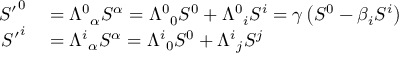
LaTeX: \begin{array} { r l } { { S ^ { \prime } } ^ { 0 } } & { { } = { \Lambda ^ { 0 } } _ { \alpha } S ^ { \alpha } = { \Lambda ^ { 0 } } _ { 0 } S ^ { 0 } + { \Lambda ^ { 0 } } _ { i } S ^ { i } = \gamma \left( S ^ { 0 } - \beta _ { i } S ^ { i } \right) } \\ { { S ^ { \prime } } ^ { i } } & { { } = { \Lambda ^ { i } } _ { \alpha } S ^ { \alpha } = { \Lambda ^ { i } } _ { 0 } S ^ { 0 } + { \Lambda ^ { i } } _ { j } S ^ { j } } \end{array}